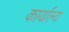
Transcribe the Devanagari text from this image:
कार्याल्य